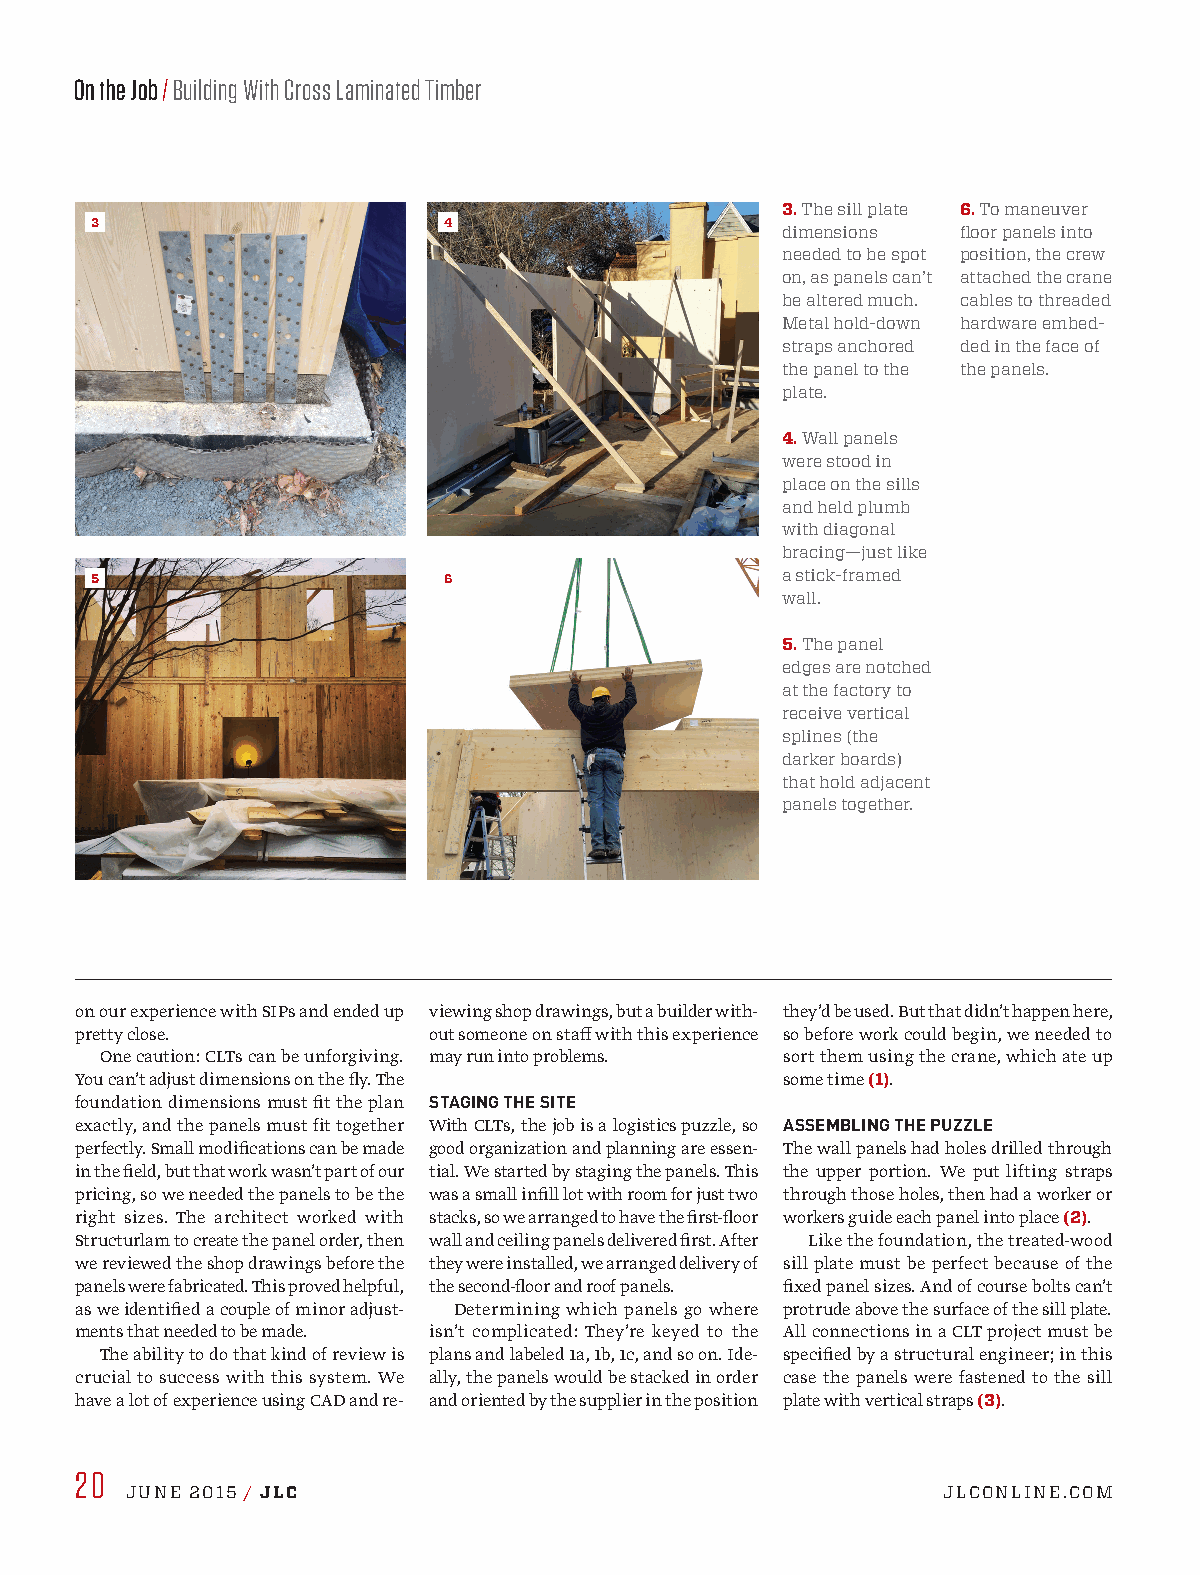
On the Job / Building With Cross Laminated Timber
 3. The sill plate 6. To maneuver
 3                      4
 dimensions  floor panels into
 needed to be spot position, the crew
 on, as panels can’t attached the crane
 be altered much. cables to threaded
 Metal hold-down hardware embed-
 straps anchored ded in the face of
 the panel to the the panels.
 plate.
 4. Wall panels
 were stood in
 place on the sills
 and held plumb
 with diagonal
 bracing—just like
 5                      6                      a stick-framed
 wall.
 5. The panel
 edges are notched
 at the factory to
 receive vertical
 splines (the
 darker boards)
 that hold adjacent
 panels together.
 on our experience with SIPs and ended up viewing shop drawings, but a builder with- they’d be used. But that didn’t happen here,
 pretty close.          out someone on staff with this experience so before work could begin, we needed to
 One caution: CLTs can be unforgiving. may run into problems. sort them using the crane, which ate up
 You can’t adjust dimensions on the fly. The    some time (1).
 foundation dimensions must fit the plan STAGING THE SITE
 exactly, and the panels must fit together With CLTs, the job is a logistics puzzle, so ASSEMBLING THE PUZZLE
 perfectly. Small modifications can be made good organization and planning are essen- The wall panels had holes drilled through
 in the field, but that work wasn’t part of our tial. We started by staging the panels. This the upper portion. We put lifting straps
 pricing, so we needed the panels to be the was a small infill lot with room for just two through those holes, then had a worker or
 right sizes. The architect worked with stacks, so we arranged to have the first-floor workers guide each panel into place (2).
 Structurlam to create the panel order, then wall and ceiling panels delivered first. After Like the foundation, the treated-wood
 we reviewed the shop drawings before the they were installed, we arranged delivery of sill plate must be perfect because of the
 panels were fabricated. This proved helpful, the second-floor and roof panels. fixed panel sizes. And of course bolts can’t
 as we identified a couple of minor adjust- Determining which panels go where protrude above the surface of the sill plate.
 ments that needed to be made. isn’t complicated: They’re keyed to the All connections in a CLT project must be
 The ability to do that kind of review is plans and labeled 1a, 1b, 1c, and so on. Ide- specified by a structural engineer; in this
 crucial to success with this system. We ally, the panels would be stacked in order case the panels were fastened to the sill
 have a lot of experience using CAD and re- and oriented by the supplier in the position plate with vertical straps (3).
 20
 JUNE 2015 / JLC                                       JLCONLINE.COM